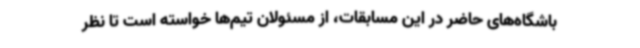
باشگاه‌های حاضر در این مسابقات، از مسئولان تیم‌ها خواسته است تا نظر